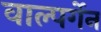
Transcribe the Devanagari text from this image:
वाल्पर्गेन